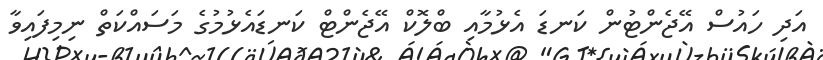
އަދި ހައުސް އޭޖެންޓުން ކަނޑަ އެޅުމާއި ބްލޮކް އޭޖެންޓް ކަނޑައެޅުމުގެ މަސައްކަތް ނިމިފައިވާ